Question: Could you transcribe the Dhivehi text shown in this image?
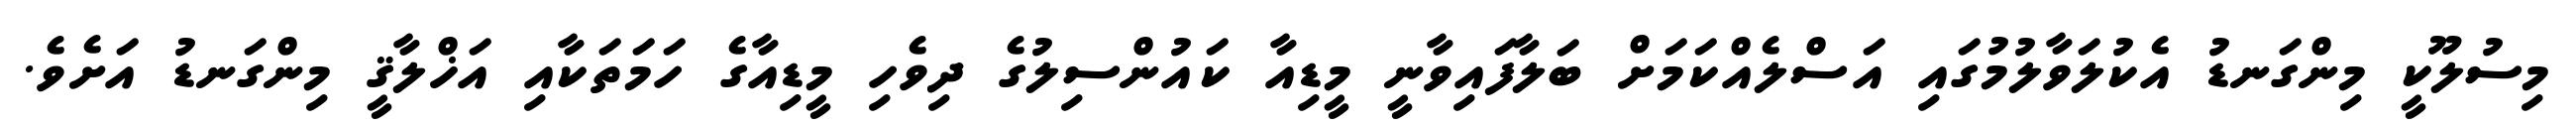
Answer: މިސުލޫކީ މިންގަނޑު އެކުލަވާލުމުގައި އަސްލެއްކަމަށް ބަލާފައިވާނީ މީޑިއާ ކައުންސިލުގެ ދިވެހި މީޑިއާގެ ހަމަތަކާއި އަޚްލާޤީ މިންގަނޑު އަށެވެ.